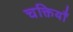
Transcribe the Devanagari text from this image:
चक्तियाँ